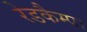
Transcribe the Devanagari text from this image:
रेडकैम्प्रा